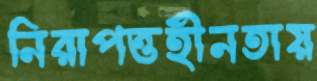
নিরাপত্তহীনতায়